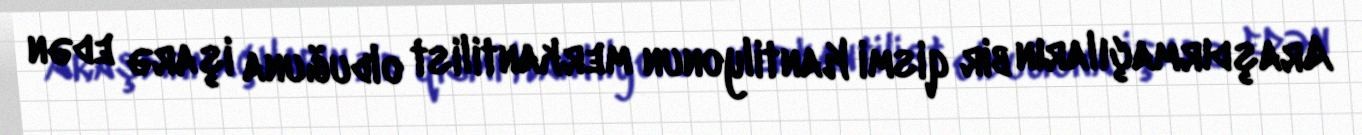
Araşdırmaçıların bir qismi Kantilyonun merkantilist olduğuna işarə edən